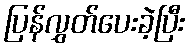
ပြန်လွှတ်ပေးခဲ့ပြီး